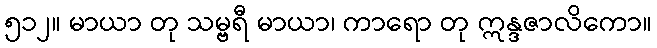
၅၁၂။ မာယာ တု သမ္ဗရီ မာယာ၊ ကာရော တု ဣန္ဒဇာလိကော။